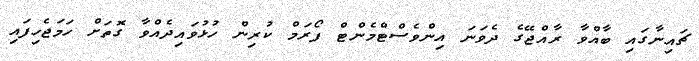
ޗައިނާގައި ބާއްވާ ރާއްޖޭގެ ދެވަނަ އިންވެސްޓްމެންޓް ފޯރަމް ކުރިން ހުޅުވައިދެއްވާ ގޮތަށް ހަމަޖެހިފައި